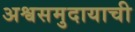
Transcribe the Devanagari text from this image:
अश्वसमुदायाची